Source: Handwritten
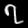
Digit: ၇ (7)